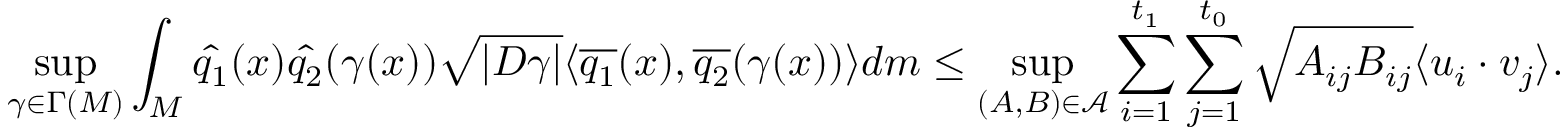
\operatorname* { s u p } _ { \gamma \in \Gamma ( M ) } \int _ { M } \hat { q _ { 1 } } ( x ) \hat { q _ { 2 } } ( \gamma ( x ) ) \sqrt { | D \gamma | } \langle \overline { { q _ { 1 } } } ( x ) , \overline { { q _ { 2 } } } ( \gamma ( x ) ) \rangle d m \leq \operatorname* { s u p } _ { ( A , B ) \in \mathcal { A } } \sum _ { i = 1 } ^ { t _ { 1 } } \sum _ { j = 1 } ^ { t _ { 0 } } \sqrt { A _ { i j } B _ { i j } } \langle u _ { i } \cdot v _ { j } \rangle .